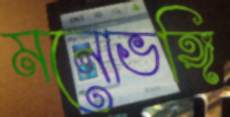
মনোভঙ্গি